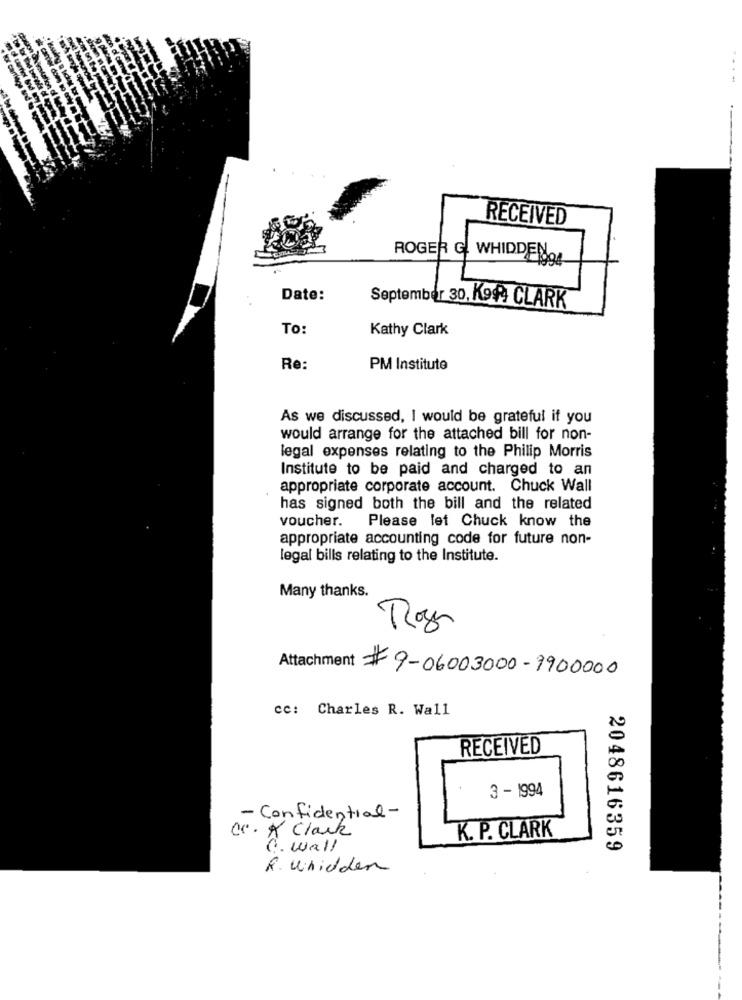
RECEIVED
ROGER & WHIDDEN9
Date:
September 30, K994 CLARK
To:
Kathy Clark
Re:
PM Institute
As we discussed, I would be grateful if you
would arrange for the attached bill for non-
legal expenses relating to the Philip Morris
Institute to be paid and charged to an
appropriate corporate account. Chuck Wall
has signed both the bill and the related
voucher.
Please let Chuck know the
appropriate accounting code for future non-
legal bills relating to the Institute.
Many thanks.
Attachment #9-06003000-9900000
cc: Charles R. Wall
RECEIVED
3 - 1994
- Confidential-
cc. K Clark
K. P. CLARK
G. wall
2048616359
R. Whidden